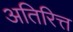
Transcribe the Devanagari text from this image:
अतिरित्त